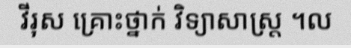
វីរុស គ្រោះថ្នាក់ វិទ្យាសាស្ត្រ ។ល